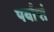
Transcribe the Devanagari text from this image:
पर्याप्तं